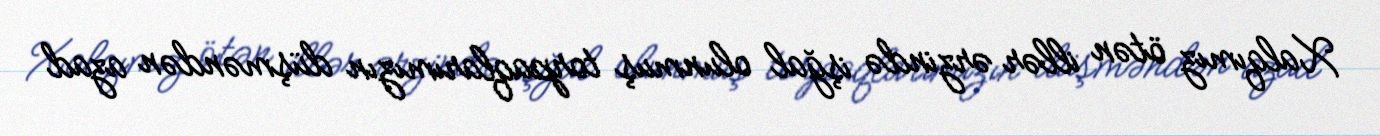
Xalqımız ötən illər ərzində işğal olunmuş torpaqlarımızın düşməndən azad